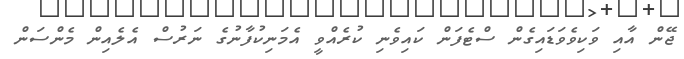
ޖޭން އާއި ވަކިވެވަޑައިގެން ސްޓެފަން ކައިވެނި ކުރެއްވީ އެމަނިކުފާނުގެ ނަރުސް އެލެއިން މެންސަން